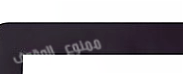
ممنوع الوقوف